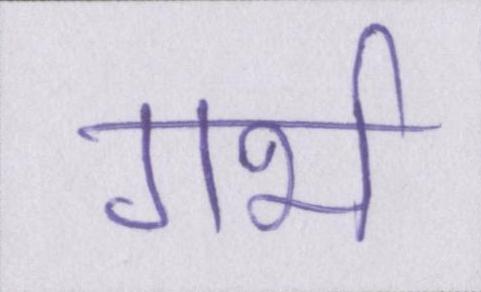
गर्भ